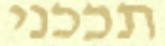
תככני